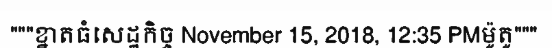
"""ខ្នាតធំសេដ្ឋកិច្ច November 15, 2018, 12:35 PMម៉ូតូ"""